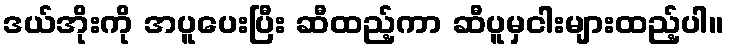
ဒယ်အိုးကို အပူပေးပြီး ဆီထည့်ကာ ဆီပူမှငါးများထည့်ပါ။